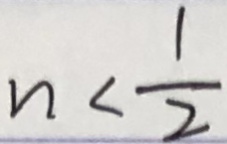
n < \frac { 1 } { 2 }